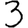
Digit: 3